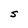
Character: S